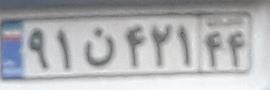
۹۱ن۴۲۱۴۴